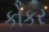
કોકર